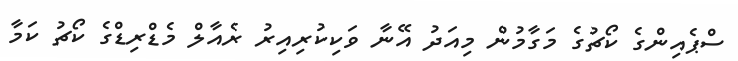
ސްޕެއިންގެ ކޯޗުގެ މަގާމުން މިއަދު އޭނާ ވަކިކުރިއިރު ރެއާލް މެޑްރިޑްގެ ކޯޗު ކަމާ